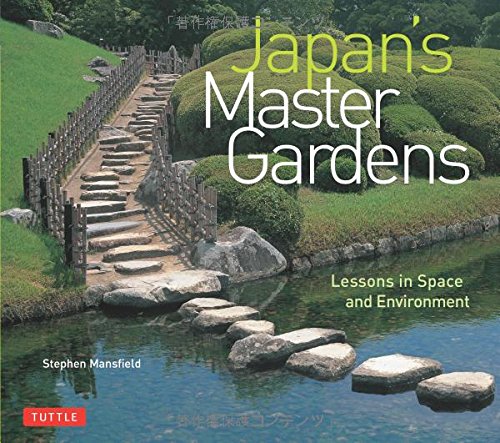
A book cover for Japan's Master Gardens: Lessons in Space and Environment; Stephen Mansfield; Crafts, Hobbies & Home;